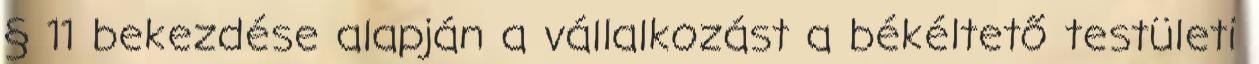
§ 11 bekezdése alapján a vállalkozást a békéltető testületi